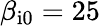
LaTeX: \beta_{\mathrm{i0}}=25